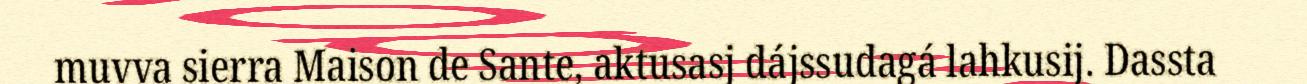
muvva sierra Maison de Sante, aktusasj dájssudagá lahkusij. Dassta